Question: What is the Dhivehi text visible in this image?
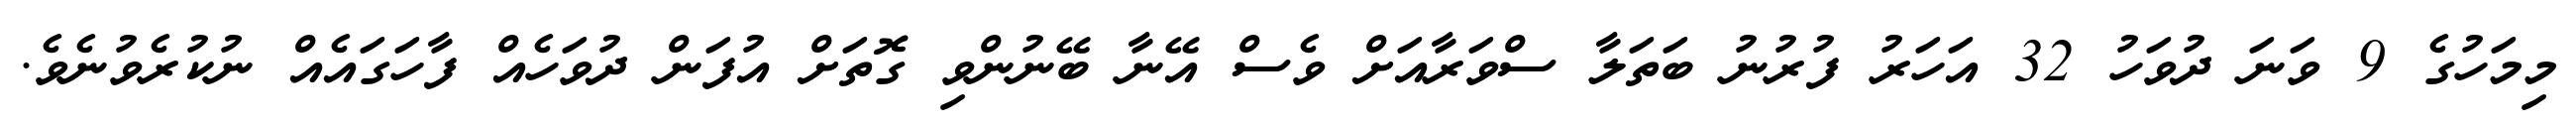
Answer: މިމަހުގެ 9 ވަނަ ދުވަހު 32 އަހަރު ފުރުނު ބަތަލާ ސްވަރާއަށް ވެސް އޭނާ ބޭނުންވި ގޮތަށް އުފަން ދުވަހެއް ފާހަގައެއް ނުކުރެވުނެވެ.